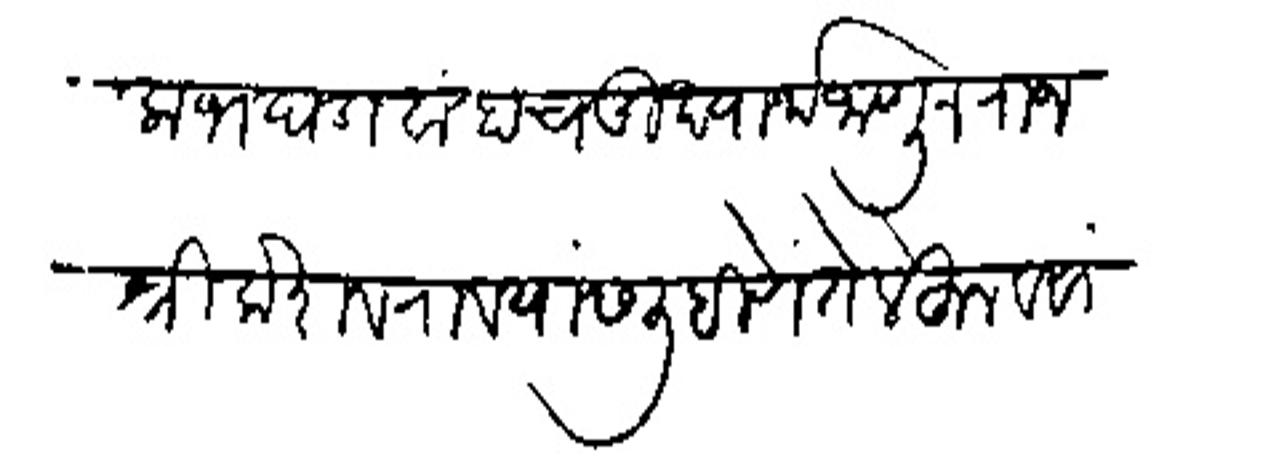
Transliteration (Devanagari): लाभ घडावा हाच मुख्यार्थ जाणून राजश्री केशवराब यांस लिहिणें ते लेहून व सांगणे